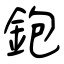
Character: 鉋